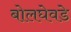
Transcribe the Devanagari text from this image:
बोलघेवडे